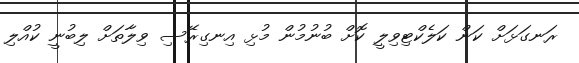
ރަނގަޅަށް ކަން ކަލެކްޓިވިލީ ކޮށް ބުނުމުން މުޅި އިނގިރޭސި ވިލާތަށް ލިބުނީ ކުއްލި